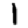
Digit: 1